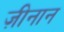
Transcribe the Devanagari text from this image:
ज़ीनान